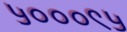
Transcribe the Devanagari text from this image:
५०००९५